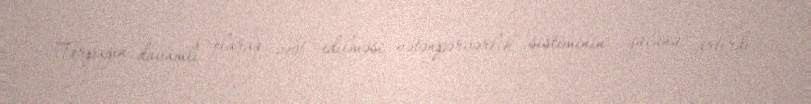
Torpağın davamlı olaraq zəbt edilməsi vətənpərvərlik sisteminin gücünü artırdı;